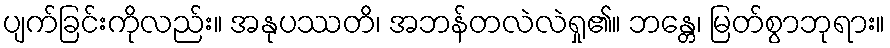
ပျက်ခြင်းကိုလည်း။ အနုပဿတိ၊ အဘန်တလဲလဲရှု၏။ ဘန္တေ၊ မြတ်စွာဘုရား။